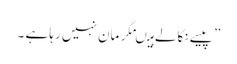
” پیسے نکالے ہیںمگر مان نہیں رہا ہے ۔